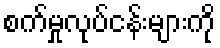
စက်မှုလုပ်ငန်းများကို